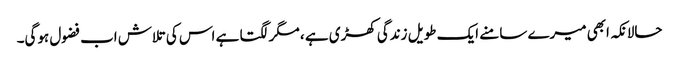
حالانکہ ابھی میرے سامنے ایک طویل زندگی کھڑی ہے ، مگر لگتا ہے اس کی تلاش اب فضول ہوگی۔